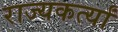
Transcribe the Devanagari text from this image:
राज्यकर्त्यां